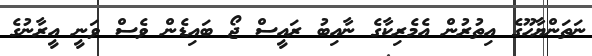
ނަތަންޔާހޫގެ އިތުރުން އެމެރިކާގެ ނާއިބު ރައީސް ޖޯ ބައިޑެން ވެސް ވަނީ އީރާނުގެ